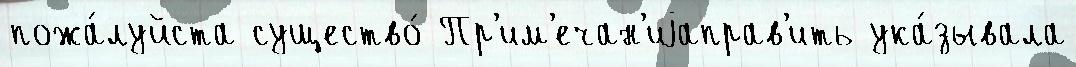
пожа́луйста существо́ Пр'им'ечан'иjаправ'ить ука́зывала